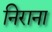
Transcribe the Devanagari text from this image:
निराना